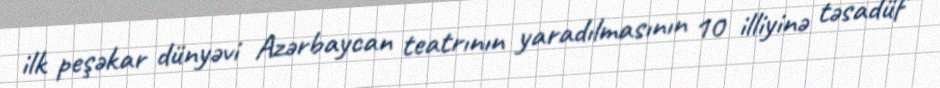
ilk peşəkar dünyəvi Azərbaycan teatrının yaradılmasının 10 illiyinə təsadüf